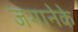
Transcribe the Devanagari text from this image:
जगानेके